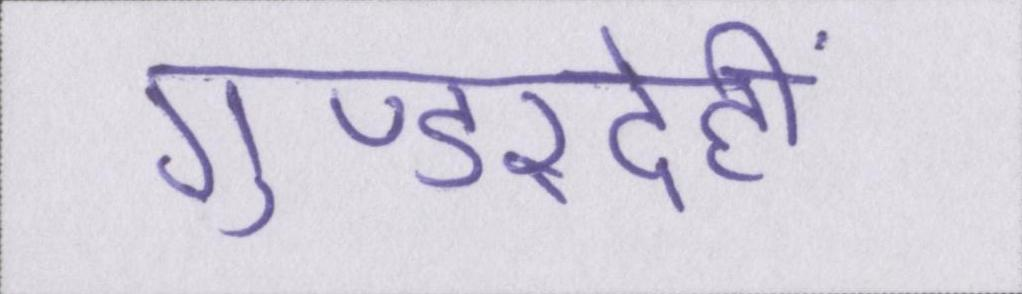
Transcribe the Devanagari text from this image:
गुण्डरदेही